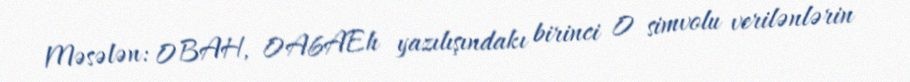
Məsələn: 0BAH, 0A6AEh yazılışındakı birinci 0 simvolu verilənlərin